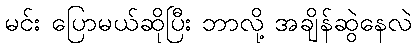
မင်း ပြောမယ်ဆိုပြီး ဘာလို့ အချိန်ဆွဲနေလဲ